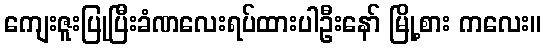
ကျေးဇူးပြုပြီးခံဏလေးရပ်ထားပါဦးနော် မြို့စား ကလေး။